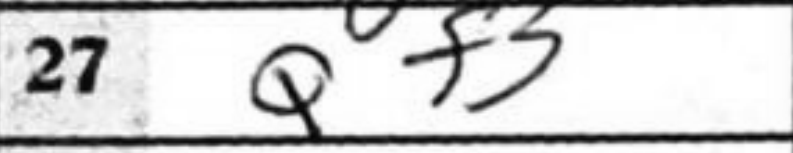
Transcription: Qf3